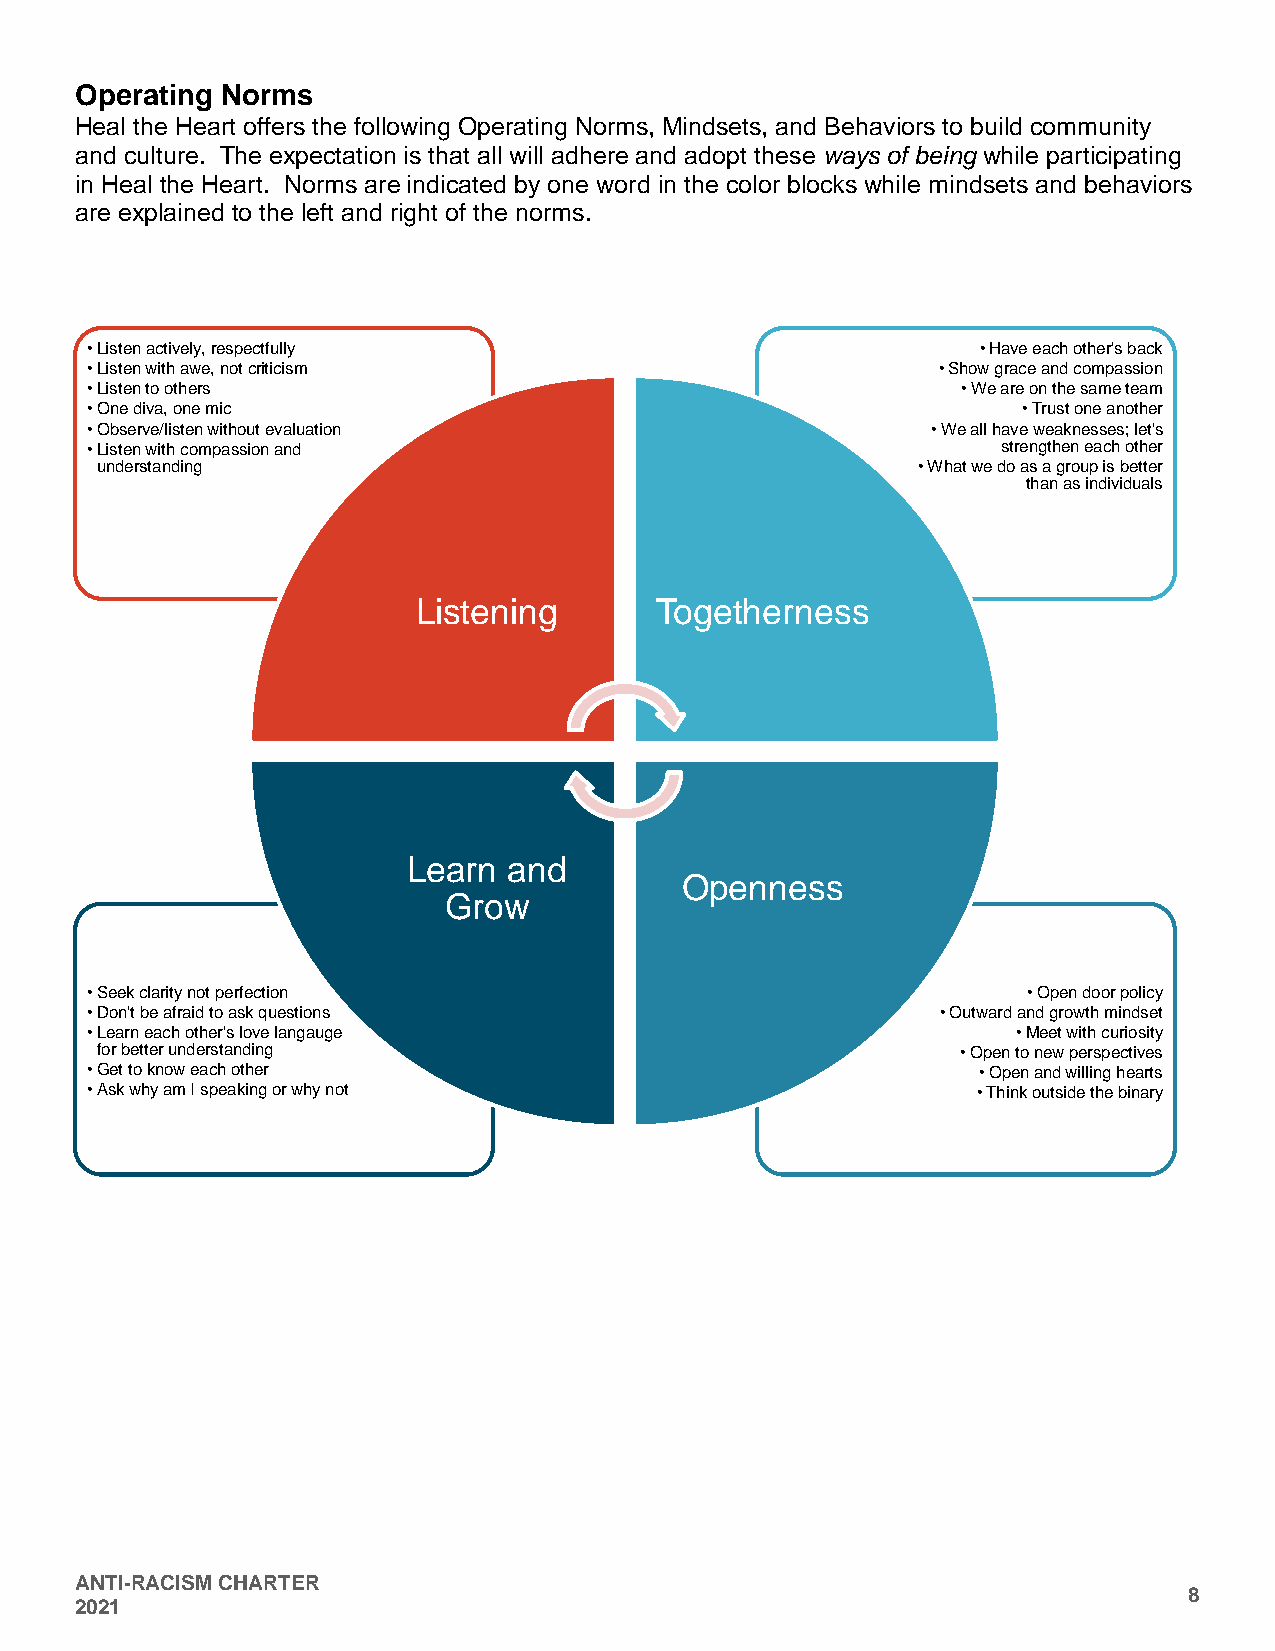
Operating Norms
 Heal the Heart offers the following Operating Norms, Mindsets, and Behaviors to build community
 and culture. The expectation is that all will adhere and adopt these ways of being while participating
 in Heal the Heart. Norms are indicated by one word in the color blocks while mindsets and behaviors
 are explained to the left and right of the norms.
 •Listen actively, respectfully                             •Have each other's back
 •Listen with awe, not criticism                         •Show grace and compassion
 •Listen to others                                         •We are on the same team
 •One diva, one mic                                            •Trust one another
 •Observe/listen without evaluation                      •We all have weaknesses; let's
 •Listen with compassion and                                 strengthen each other
 understanding                                          •What we do as a group is better
 than as individuals
 Listening      Togetherness
 Learn  and
 Openness
 Grow
 •Seek clarity not perfection                                  •Open door policy
 •Don't be afraid to ask questions                       •Outward and growth mindset
 •Learn each other's love langauge                            •Meet with curiosity
 for better understanding                                  •Open to new perspectives
 •Get to know each other                                    •Open and willing hearts
 •Ask why am I speaking or why not                          •Think outside the binary
 ANTI-RACISM CHARTER
 8
 2021